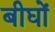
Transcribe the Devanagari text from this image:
बीघों